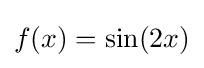
f(x)=\sin(2x)